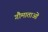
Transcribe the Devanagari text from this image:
गौमाताओं